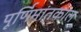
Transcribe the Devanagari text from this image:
पूर्णिमांतकाल